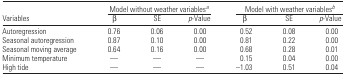
<table><thead><tr><td></td><td colspan="3"><b>Model without weather variablesa</b></td><td colspan="3"><b>Model with weather variablesb</b></td></tr><tr><td><b>Variables</b></td><td><b>β</b></td><td><b>SE</b></td><td><b><i>p</i>-Value</b></td><td><b>β</b></td><td><b>SE</b></td><td><b><i>p</i>-Value</b></td></tr></thead><tbody><tr><td>Autoregression</td><td>0.76</td><td>0.06</td><td>0.00</td><td>0.52</td><td>0.08</td><td>0.00</td></tr><tr><td>Seasonal autoregression</td><td>0.87</td><td>0.10</td><td>0.00</td><td>0.81</td><td>0.22</td><td>0.00</td></tr><tr><td>Seasonal moving average</td><td>0.64</td><td>0.16</td><td>0.00</td><td>0.68</td><td>0.28</td><td>0.01</td></tr><tr><td>Minimum temperature</td><td>—</td><td>—</td><td>—</td><td>0.15</td><td>0.04</td><td>0.00</td></tr><tr><td>High tide</td><td>—</td><td>—</td><td>—</td><td>−1.03</td><td>0.51</td><td>0.04</td></tr></tbody></table>